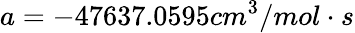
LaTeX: a=-47637.0595cm^{3}/mol\cdot s